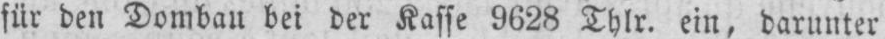
für den Dombau bei der Kasse 9628 Thlr. ein, darunter